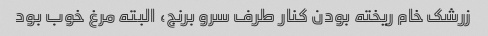
زرشک خام ریخته بودن کنار طرف سرو برنج، البته مرغ خوب بود